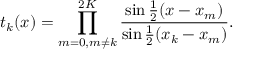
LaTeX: t _ { k } ( x ) = \prod _ { m = 0 , m \neq k } ^ { 2 K } { \frac { \sin { \frac { 1 } { 2 } } ( x - x _ { m } ) } { \sin { \frac { 1 } { 2 } } ( x _ { k } - x _ { m } ) } } .